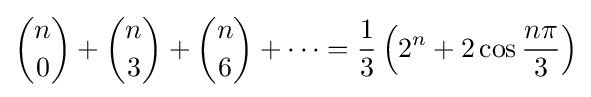
{\binom {n}{0}}+{\binom {n}{3}}+{\binom {n}{6}}+\cdots ={\frac {1}{3}}\left(2^{n}+2\cos {\frac {n\pi }{3}}\right)